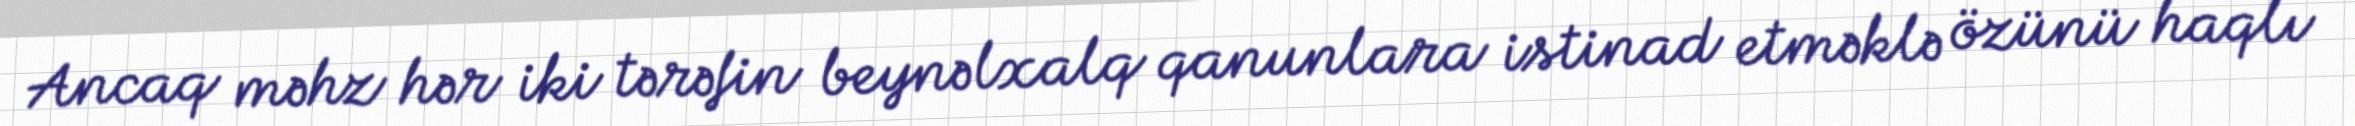
Ancaq məhz hər iki tərəfin beynəlxalq qanunlara istinad etməklə özünü haqlı